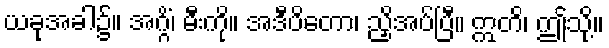
ယခုအခါ၌။ အဂ္ဂိံ၊ မီးကို။ အဒီပိတော၊ ညှိအပ်ပြီ။ ဣတိ၊ ဤသို့။